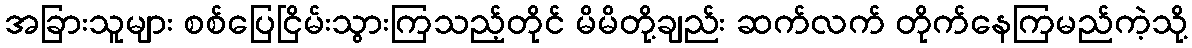
အခြားသူများ စစ်ပြေငြိမ်းသွားကြသည့်တိုင် မိမိတို့ချည်း ဆက်လက် တိုက်နေကြမည်ကဲ့သို့